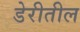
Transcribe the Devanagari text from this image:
डेरीतील